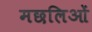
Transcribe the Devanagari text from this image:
मछलिओं